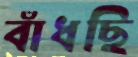
বাঁধছি